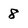
Character: 8